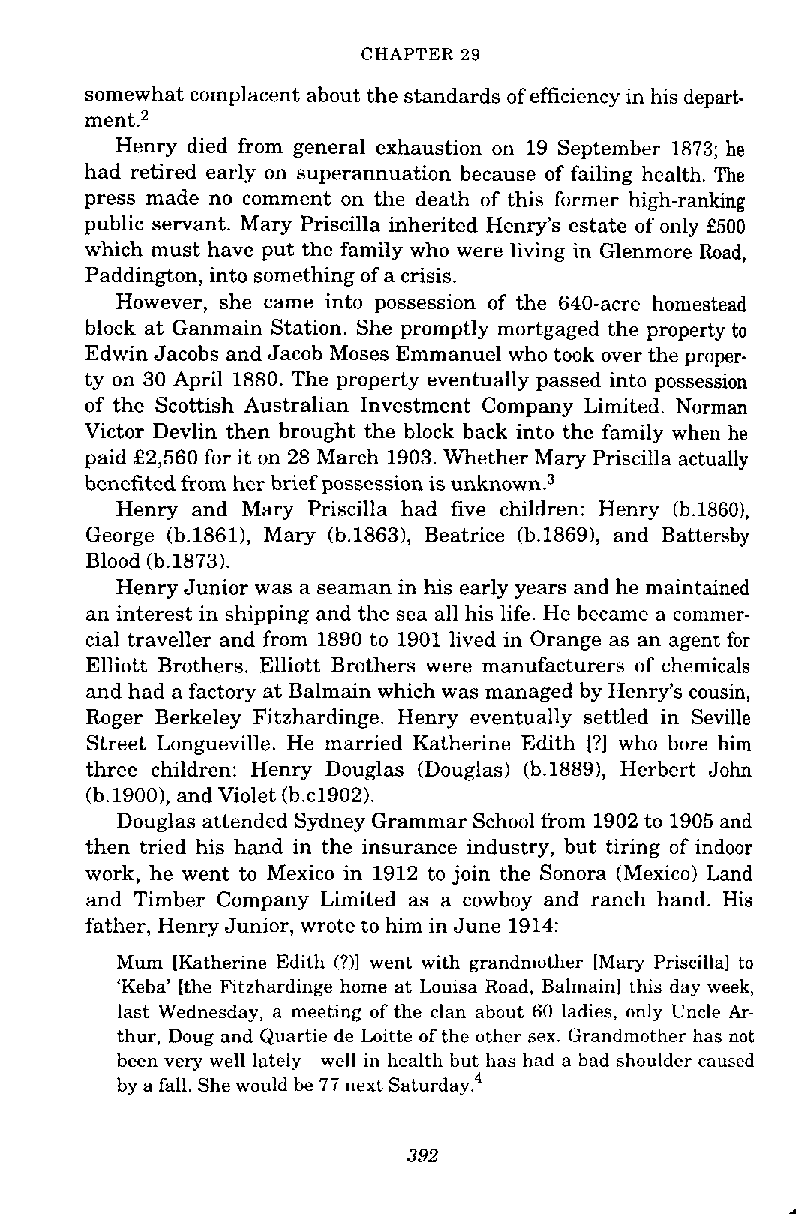
CHAPTER 29
 somewhat complacent about the standards of efficiency in his depart-
 ment.2
 Henry died from general exhaustion on 19 September 1873; he
 had retired early on superannuation because of failing health. The
 press made no comment on the death of this former high-ranking
 public servant. Mary Priscilla inherited Henry's estate of only f500
 which must have put the family who were living in Glenmore Road,
 Paddington, into something of a crisis.
 However, she came into possession of the 640-acre homestead
 block at Ganmain Station. She promptly mortgaged the property to
 Edwin Jacobs and Jacob Moses Emmanuel who took over the proper-
 ty on 30 April 1880. The property eventually passed into possession
 of the Scottish Australian Investment Company Limited. Norman
 Victor Devlin then brought the block back into the family when he
 paid £2,560 for it on 28 March 1903. Whether Mary Priscilla actually
 benefited from her brief possession is ~nknown.~
 Henry and Mary Priscilla had five children: Henry (b.18601,
 George (b.18611, Mary (b.1863), Beatrice (b.18691, and Battersby
 Blood (b.1873).
 Henry Junior was a seaman in his early years and he maintained
 an interest in shipping and the sea all his life. He became a commer-
 cial traveller and from 1890 to 1901 lived in Orange as an agent for
 Elliott Brothers. Elliott Brothers were manufacturers of chemicals
 and had a factory at Balmain which was managed by Henry's cousin,
 Roger Berkeley Fitzhardinge. Henry eventually settled in Seville
 Street Longueville. He married Katherine Edith [?I who bore him
 three children: Henry Douglas (Douglas) (b.1889), Herbert John
 (b.1900), and Violet (b.cl902).
 Douglas attended Sydney Grammar School from 1902 to 1905 and
 then tried his hand in the insurance industry, but tiring of indoor
 work, he went to Mexico in 1912 to join the Sonora (Mexico) Land
 and Timber Company Limited as a cowboy and ranch hand. His
 father, Henry Junior, wrote to him in June 1914:
 Mum [Katherine Edith (?)I went with grandmother [Mary Priscilla] to
 'Keha' [the Fitzhardinge home at Louisa Road. Balmainl this day week,
 last Wednesday, a meeting of the clan about 60 ladies, only Uncle Ar-
 thur, Doug and Quartie de Loitte of the other sex. Grandmother has not
 been very well lately-well in health but has had a bad shoulder caused
 by a fall. She would he 77 next ~aturday?